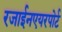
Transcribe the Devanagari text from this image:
रजाईनएयरपोर्ट